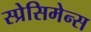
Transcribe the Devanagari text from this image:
स्प्रेसिमेन्स